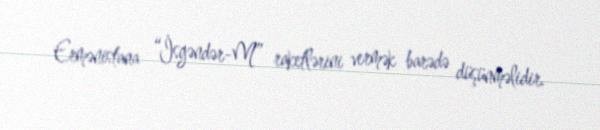
Ermənistana “İsgəndər-M” raketlərini vermək barədə düşünməlidir.